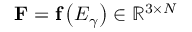
\mathbf { F } = \mathbf { f } \left( \boldsymbol { E } _ { \gamma } \right) \in \mathbb { R } ^ { 3 \times N }